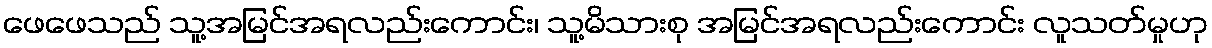
ဖေဖေသည် သူ့အမြင်အရလည်းကောင်း၊ သူ့မိသားစု အမြင်အရလည်းကောင်း လူသတ်မှုဟု